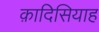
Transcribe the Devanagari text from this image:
क़ादिसियाह